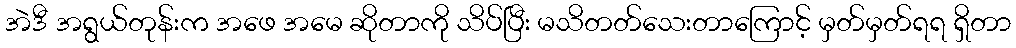
အဲဒီ အရွယ်တုန်းက အဖေ အမေ ဆိုတာကို သိပ်ပြီး မသိတတ်သေးတာကြောင့် မှတ်မှတ်ရရ ရှိတာ